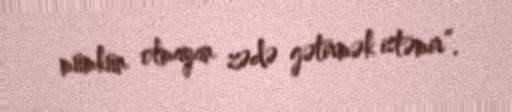
mümkün olmayan zədə gətirmək istəmir”.